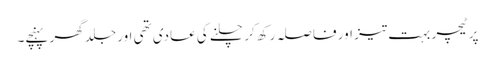
پر ٹیچر بہت تیز اور فا صلہ رکھ کر چلنے کی عادی تھی اور جلد گھر پہنچے۔